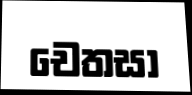
චෙතසා